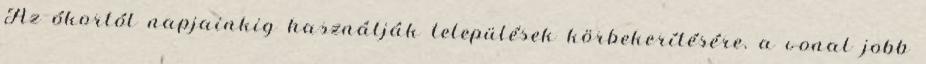
Az ókortól napjainkig használják települések körbekerítésére. a vonal jobb